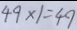
4 9 \times 1 = 4 9